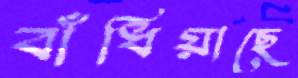
বাঁধিয়াছে